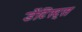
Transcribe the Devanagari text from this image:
डेंटिस्ट्स